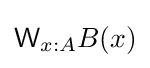
{\mathsf {W}}_{x:A}B(x)